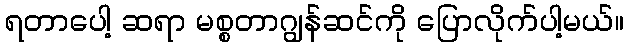
ရတာပေါ့ ဆရာ မစ္စတာဂျွန်ဆင်ကို ပြောလိုက်ပါ့မယ်။